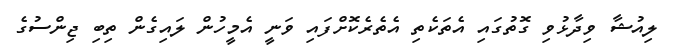
ލިއުޝާ ވިދާޅުވި ގޮތުގައި އެތަކެތި އެތެރެކޮށްފައި ވަނީ އެމީހުން ލައިގެން ތިބި ޖިންސުގެ